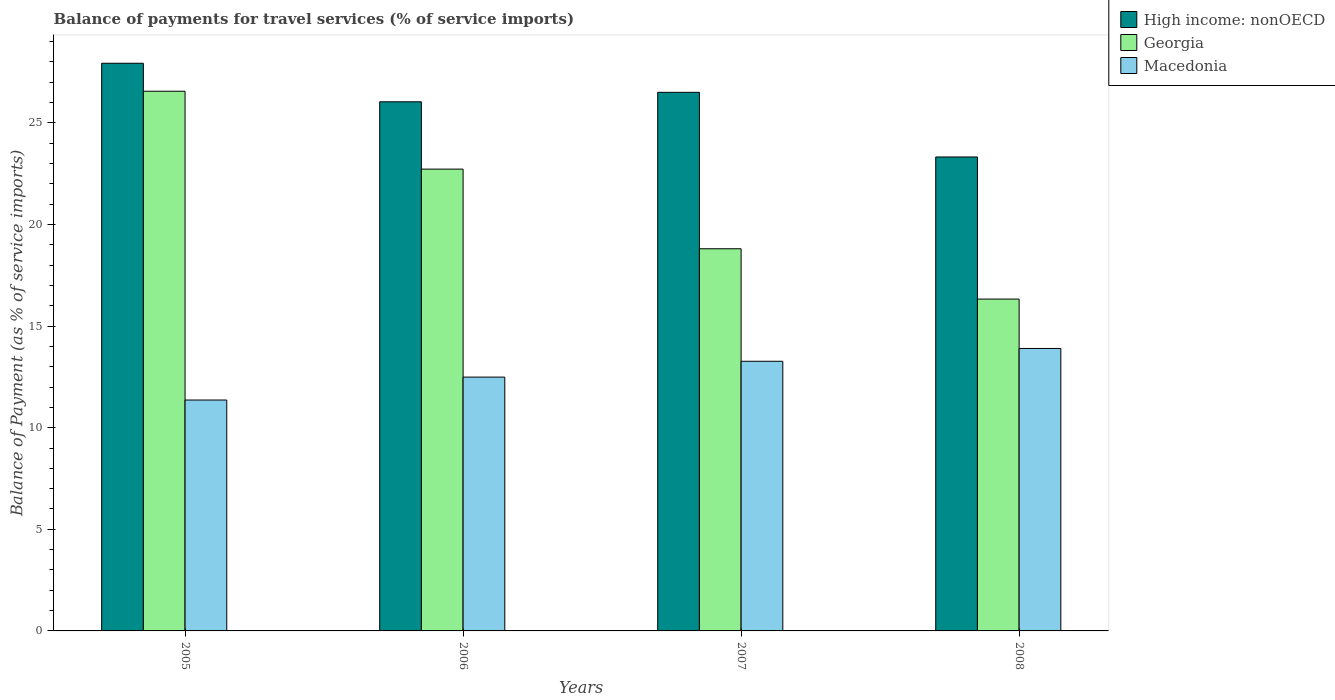
| Years | High income: nonOECD | Georgia | Macedonia |
 | --- | --- | --- | --- |
 | 2005 | 27.9 | 26.6 | 11.4 |
 | 2006 | 26 | 22.7 | 12.5 |
 | 2007 | 26.5 | 18.8 | 13.3 |
 | 2008 | 23.3 | 16.3 | 13.9 |